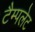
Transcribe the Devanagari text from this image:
टैम्पलेट